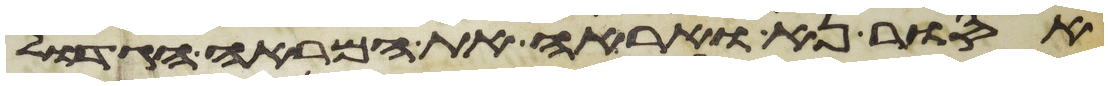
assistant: אסור נא ואראה את המראה הגדול